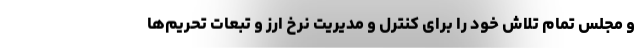
و مجلس تمام تلاش خود را برای کنترل و مدیریت نرخ ارز و تبعات تحریم‌ها